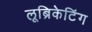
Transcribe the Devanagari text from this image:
लूब्रिकेटिंग